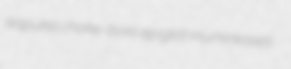
kapuka choke-bore epiglot murkinesses